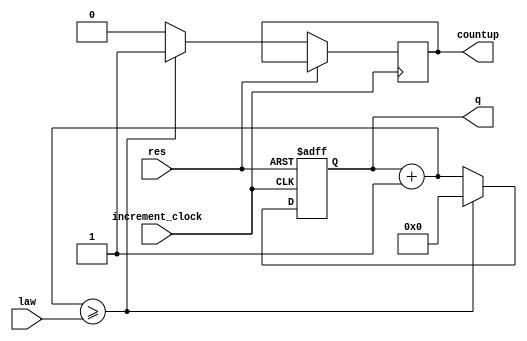
module m_counter( increment_clock, res, law, q, countup );
    input   increment_clock,  res;
		input [5:0] law;
    output  [5:0] q;
    reg     [5:0] q;
		output countup;
		reg countup;

		always @( posedge increment_clock or posedge res )
    begin
        if( res == 1'b1 )
            q <= 6'h0;
        else if (increment_clock == 1'b1) begin
            q <= q + 6'h1;
						if(q + 6'h1 >= law) begin
							q <= 6'h0;
							countup = 1'b1;
						end
						else begin
							countup = 1'b0;
						end
				end
    end
endmodule